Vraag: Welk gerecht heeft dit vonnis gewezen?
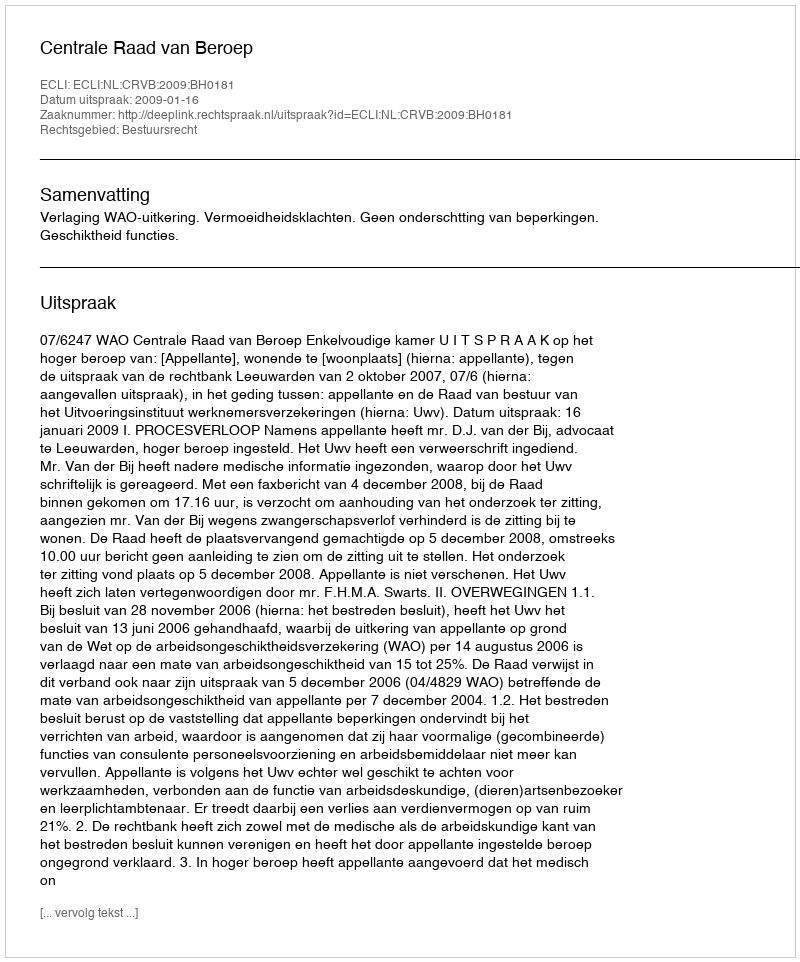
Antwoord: Centrale Raad van Beroep